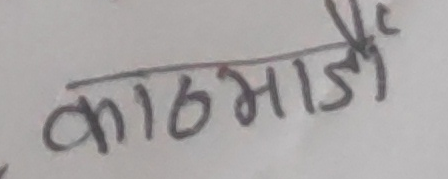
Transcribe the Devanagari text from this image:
काठमाडौं